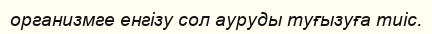
организмге енгізу сол ауруды туғызуға тиіс.